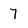
Character: 7